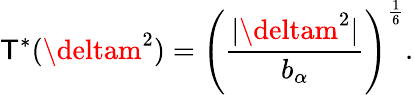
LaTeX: \mathsf{T}^{*}(\deltam^{2})=\left({\frac{{|\deltam^{2}|}}{{b_{\alpha}}}}\right)^{\frac{{1}}{{6}}}.